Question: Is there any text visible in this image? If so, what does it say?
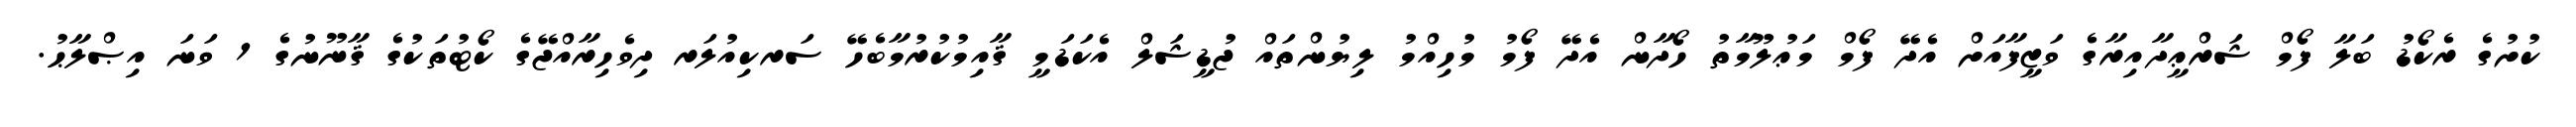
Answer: ކުށުގެ ރެކޯޑު ބަލާ ފޯމް ޝަރްޢީދާއިރާގެ ވަޒީފާއަށް އެދޭ ފޯމް މަޢުލޫމާތު ހޯދާން އެދޭ ފޯމު މުހިއްމު ލިޔުންތައް ޖުޑީޝަލް އެކަޑަމީ ޤާއިމުކުރުމާބެހޭ ސަރކިއުލަރ ދިވެހިރާއްޖޭގެ ކޯޓުތަކުގެ ޤާނޫނުގެ 1 ވަނަ އިޞްލާޙު.